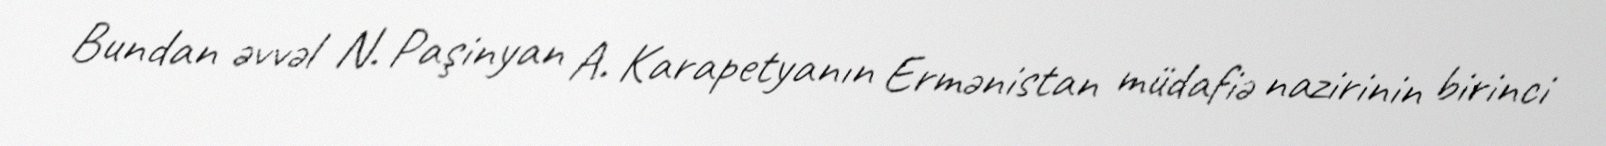
Bundan əvvəl N. Paşinyan A. Karapetyanın Ermənistan müdafiə nazirinin birinci